Document type: Emphyteutic lease
Year: 1316
Scribe: Guillem de Vila
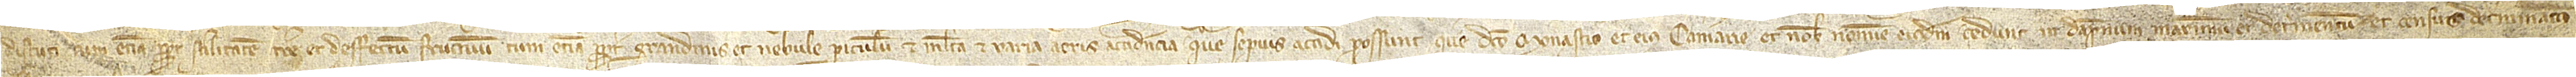
discuti, cum etiam propter sterilitatem terre et deffectum fructuum, cum etiam propter grandinis et nebule periculum et multa et varia aeris accidentia que sepius accidi possunt, que dicto monasterio et eius camerarie et nobis nomine eiusdem cedunt in dampnum maximum et detrimentum et census determinatus